Indian Medical Review
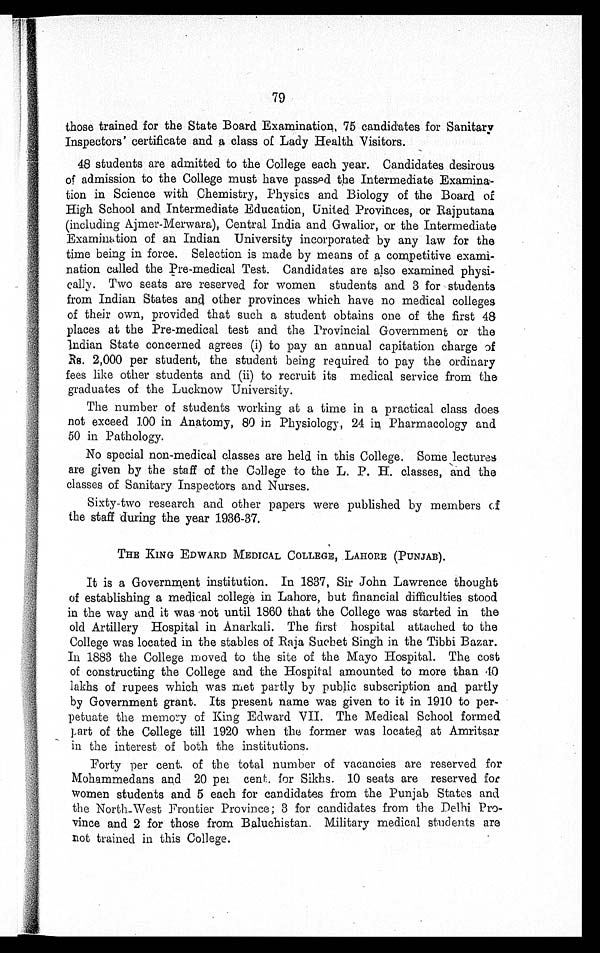
79
those trained for the State Board Examination, 75 candidates for Sanitary
Inspectors' certificate and a class of Lady Health Visitors.
48 students are admitted to the College each year. Candidates desirous
of admission to the College must have passed the Intermediate Examina-
tion in Science with Chemistry, Physics and Biology of the Board of
High School and Intermediate Education, United Provinces, or Rajputana
(including Ajmer-Merwara), Central India and Gwalior, or the Intermediate
Examination of an Indian University incorporated by any law for the
time being in force. Selection is made by means of a competitive exami-
nation called the Pre-medical Test. Candidates are also examined physi-
cally. Two seats are reserved for women students and 3 for students
from Indian States and other provinces which have no medical colleges
of their own, provided that such a student obtains one of the first 48
places at the Pre-medical test and the Provincial Government or the
Indian State concerned agrees (i) to pay an annual capitation charge of
Rs. 2,000 per student, the student being required to pay the ordinary
fees like other students and (ii) to recruit its medical service from the
graduates of the Lucknow University.
The number of students working at a time in a practical class does
not exceed 100 in Anatomy, 80 in Physiology, 24 in Pharmacology and
50 in Pathology.
No special non-medical classes are held in this College. Some lectures
are given by the staff of the College to the L. P. H. classes, and the
classes of Sanitary Inspectors and Nurses.
Sixty-two research and other papers were published by members cf
the staff during the year 1936-37.
THE KING EDWARD MEDICAL COLLEGE, LAHORE (PUNJAB).
It is a Government institution. In 1837, Sir John Lawrence thought
of establishing a medical college in Lahore, but financial difficulties stood
in the way and it was not until 1860 that the College was started in the
old Artillery Hospital in Anarkali. The first hospital attached to the
College was located in the stables of Raja Sucbet Singh in the Tibbi Bazar.
In 1883 the College moved to the site of the Mayo Hospital. The cost
of constructing the College and the Hospital amounted to more than 40
lakhs of rupees which was met partly by public subscription and partly
by Government grant. Its present name was given to it in 1910 to per-
petuate the memory of King Edward VII. The Medical School formed
part of the College till 1920 when the former was located at Amritsar
in the interest of both the institutions.
Forty per cent. of the total number of vacancies are reserved for
Mohammedans and 20 per cent. for Sikhs. 10 seats are reserved for
women students and 5 each for candidates from the Punjab States and
the North_West Frontier Province; 3 for candidates from the Delhi Pro-
vince and 2 for those from Baluchistan. Military medical students are
not trained in this College.